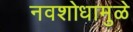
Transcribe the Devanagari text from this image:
नवशोधामुळे